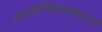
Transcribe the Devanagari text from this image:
साइकिलमार्ग